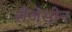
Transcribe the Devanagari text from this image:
शैजेसीन